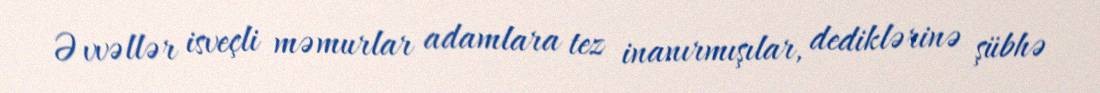
Əvvəllər isveçli məmurlar adamlara tez inanırmışılar, dediklərinə şübhə